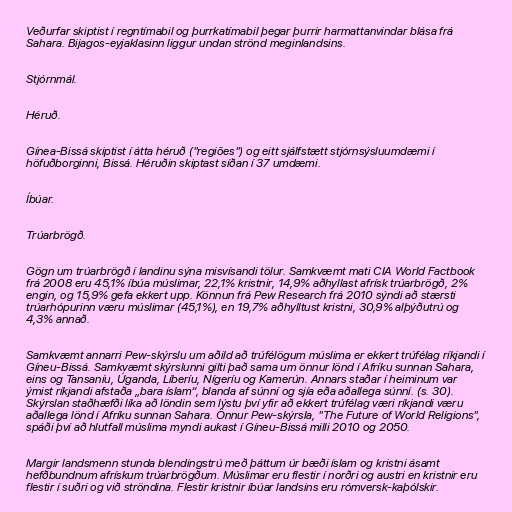
Veðurfar skiptist í regntímabil og þurrkatímabil þegar þurrir harmattanvindar blása frá
Sahara. Bijagos-eyjaklasinn liggur undan strönd meginlandsins.

Stjórnmál.

Héruð.

Gínea-Bissá skiptist í átta héruð ("regiões") og eitt sjálfstætt stjórnsýsluumdæmi í
höfuðborginni, Bissá. Héruðin skiptast síðan í 37 umdæmi.

Íbúar.

Trúarbrögð.

Gögn um trúarbrögð í landinu sýna misvísandi tölur. Samkvæmt mati CIA World Factbook
frá 2008 eru 45,1% íbúa múslimar, 22,1% kristnir, 14,9% aðhyllast afrísk trúarbrögð, 2%
engin, og 15,9% gefa ekkert upp. Könnun frá Pew Research frá 2010 sýndi að stærsti
trúarhópurinn væru múslimar (45,1%), en 19,7% aðhylltust kristni, 30,9% alþýðutrú og
4,3% annað.

Samkvæmt annarri Pew-skýrslu um aðild að trúfélögum múslima er ekkert trúfélag ríkjandi í
Gíneu-Bissá. Samkvæmt skýrslunni gilti það sama um önnur lönd í Afríku sunnan Sahara,
eins og Tansaníu, Úganda, Líberíu, Nígeríu og Kamerún. Annars staðar í heiminum var
ýmist ríkjandi afstaða „bara íslam“, blanda af súnní og sjía eða aðallega súnní. (s. 30).
Skýrslan staðhæfði líka að löndin sem lýstu því yfir að ekkert trúfélag væri ríkjandi væru
aðallega lönd í Afríku sunnan Sahara. Önnur Pew-skýrsla, "The Future of World Religions",
spáði því að hlutfall múslima myndi aukast í Gíneu-Bissá milli 2010 og 2050.

Margir landsmenn stunda blendingstrú með þáttum úr bæði íslam og kristni ásamt
hefðbundnum afrískum trúarbrögðum. Múslimar eru flestir í norðri og austri en kristnir eru
flestir í suðri og við ströndina. Flestir kristnir íbúar landsins eru rómversk-kaþólskir.